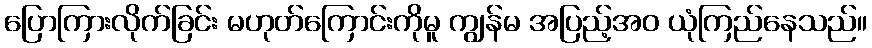
ပြောကြားလိုက်ခြင်း မဟုတ်ကြောင်းကိုမူ ကျွန်မ အပြည့်အဝ ယုံကြည်နေသည်။